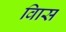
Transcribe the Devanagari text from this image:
विास